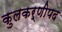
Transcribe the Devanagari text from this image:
कुलकर्णीपद